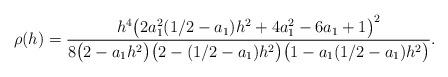
LaTeX: \begin{align*} \rho(h) = \frac{h^4 \big(2a_1^2(1/2-a_1)h^2+4a_1^2-6 a_1+1\big)^2} {8 \big(2-a_1 h^2\big) \big(2-(1/2-a_1) h^2\big) \big(1-a_1(1/2-a_1) h^2\big)}.\end{align*}